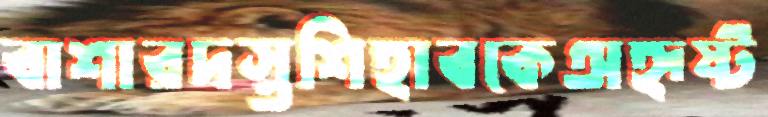
বাশারদস্তশিহাবকেঅহৃষ্ট